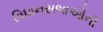
વિધાનસભાઓની